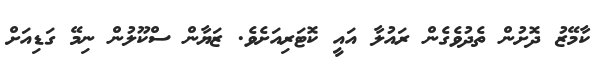
ކާމޭޒު ދޮށުން ތެދުވެގެން ރައުލާ އައީ ކޮޓަރިއަށެވެ. ޒަޔާން ސްކޫލުން ނިމޭ ގަޑިއަށް